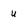
Character: u